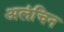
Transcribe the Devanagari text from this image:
अलंचिन